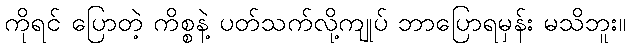
ကိုရင် ပြောတဲ့ ကိစ္စနဲ့ ပတ်သက်လို့ကျုပ် ဘာပြောရမှန်း မသိဘူး။